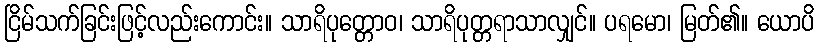
ငြိမ်သက်ခြင်းဖြင့်လည်းကောင်း။ သာရိပုတ္တောဝ၊ သာရိပုတ္တရာသာလျှင်။ ပရမော၊ မြတ်၏။ ယောပိ